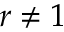
r \ne 1